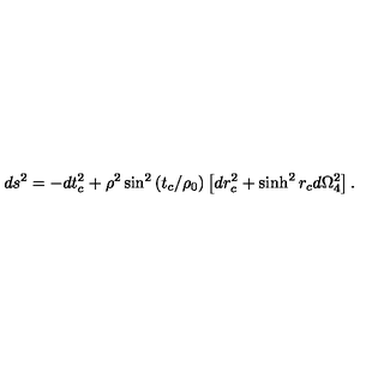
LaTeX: d s ^ { 2 } = - d t _ { c } ^ { 2 } + \rho ^ { 2 } \sin ^ { 2 } \left( t _ { c } / \rho _ { 0 } \right) \left[ d r _ { c } ^ { 2 } + \sinh ^ { 2 } r _ { c } d \Omega _ { 4 } ^ { 2 } \right] .